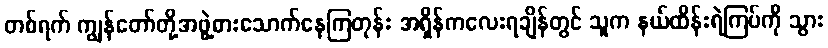
တစ်ရက် ကျွန်တော်တို့အဖွဲ့စားသောက်နေကြတုန်း အရှိန်ကလေးရချိန်တွင် သူက နယ်ထိန်းရဲကြပ်ကို သွား